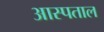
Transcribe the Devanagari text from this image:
आस्पताल